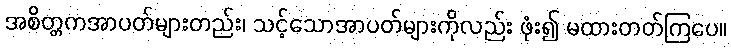
အစိတ္တကအာပတ်များတည်း၊ သင့်သောအာပတ်များကိုလည်း ဖုံး၍ မထားတတ်ကြပေ။